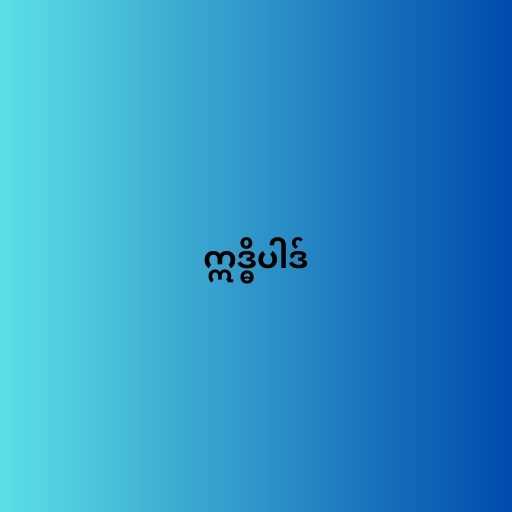
ဣဒ္ဓိပါဒ်